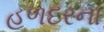
હળદરના